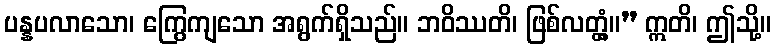
ပန္နပလာသော၊ ကြွေကျသော အရွက်ရှိသည်။ ဘဝိဿတိ၊ ဖြစ်လတ္တံ့။” ဣတိ၊ ဤသို့။